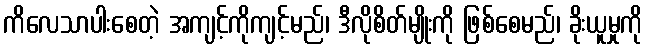
ကိလေသာပါးစေတဲ့ အကျင့်ကိုကျင့်မည်၊ ဒီလိုစိတ်မျိုးကို ဖြစ်စေမည်၊ ခိုးယူမှုကို